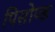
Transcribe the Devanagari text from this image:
पिसोण्ड